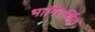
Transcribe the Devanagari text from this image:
भागिरथिंत